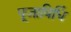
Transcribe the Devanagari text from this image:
पूजाविधिं